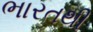
ભારતથી